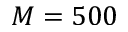
M = 5 0 0